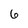
Character: 6